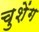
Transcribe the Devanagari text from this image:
चुशेंग